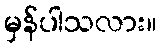
မှန်ပါသလား။